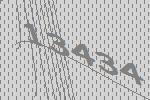
13434